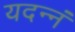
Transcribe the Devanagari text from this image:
यदन्नं